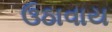
ઉઠાવાય